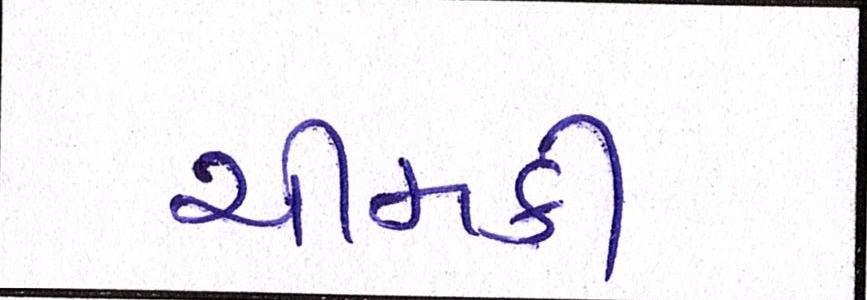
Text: ચીમકી